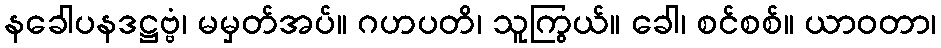
နခေါပနဒဋ္ဌဗ္ဗံ၊ မမှတ်အပ်။ ဂဟပတိ၊ သူကြွယ်။ ခေါ၊ စင်စစ်။ ယာဝတာ၊